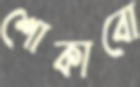
শোকাবো